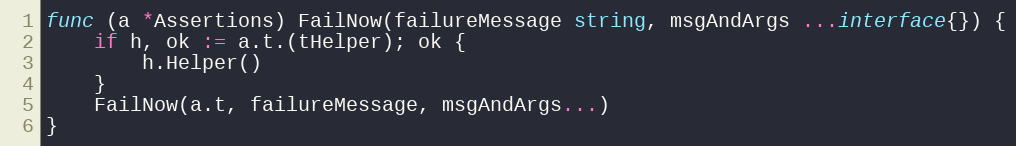
Language: Go
func (a *Assertions) FailNow(failureMessage string, msgAndArgs ...interface{}) {
	if h, ok := a.t.(tHelper); ok {
		h.Helper()
	}
	FailNow(a.t, failureMessage, msgAndArgs...)
}